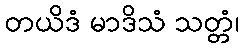
တယိဒံ မာဒိသံ သတ္တံ၊